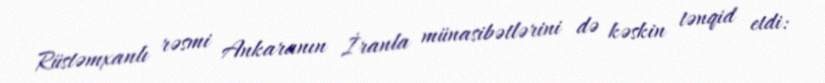
Rüstəmxanlı rəsmi Ankaranın İranla münasibətlərini də kəskin tənqid etdi: